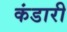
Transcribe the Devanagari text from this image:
कंडारी